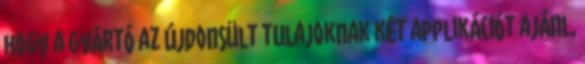
hogy a gyártó az újdonsült tulajoknak két applikációt ajánl,